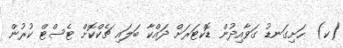
(ކ)  ހަށިގަނޑު ގަވާއިދުން ޑޮކްޓަރަށް ދައްކާ ބަލައި ޗެކްކޮށް ޓެސްޓް ކުރުން